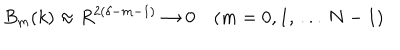
B _ { m } ( k ) \approx R ^ { 2 ( \delta - m - 1 ) } \to 0 \quad ( m = 0 , 1 , \, . . . \, N - 1 )